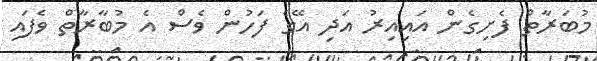
މުބަރާތް ފެށިގެން އައިއިރު އަދި އޭގެ ފަހުން ވެސް އެ މުބާރާތް ވެފައި